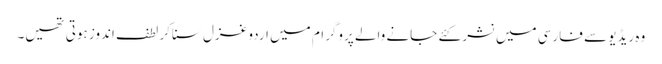
وہ ریڈیو سے فارسی میں نشر کئے جانے والے پروگرام میں اردو غزل سناکر لطف اندوز ہوتی تھیں۔